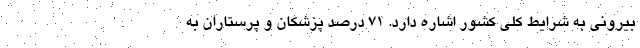
بیرونی به شرایط کلی کشور اشاره دارد. ۷۱ درصد پزشکان و پرستاران به